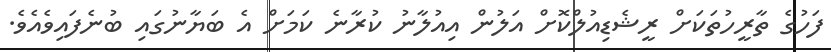
ފަހުގެ ތާރީހުތަކަށް ރީޝެޑިއުލްކޮށް އަލުން އިއުލާނު ކުރާނެ ކަމަށް އެ ބަޔާނުގައި ބުނެފައިވެއެވެ.